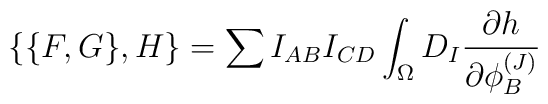
\{ \{ F,G \} ,H \}=\sum I_{AB}I_{CD}\int_{\Omega}D_I{{\partial h} \over{\partial \phi^{(J)}_B}}